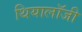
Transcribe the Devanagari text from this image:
थियालॉजी